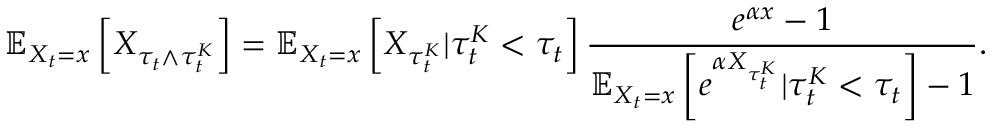
\mathbb { E } _ { X _ { t } = x } \left[ X _ { \tau _ { t } \wedge \tau _ { t } ^ { K } } \right] = \mathbb { E } _ { X _ { t } = x } \left[ X _ { \tau _ { t } ^ { K } } | \tau _ { t } ^ { K } < \tau _ { t } \right] \frac { e ^ { \alpha x } - 1 } { \mathbb { E } _ { X _ { t } = x } \left[ e ^ { \alpha X _ { \tau _ { t } ^ { K } } } | \tau _ { t } ^ { K } < \tau _ { t } \right] - 1 } .